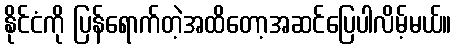
နိုင်ငံကို ပြန်ရောက်တဲ့အထိတော့အဆင်ပြေပါလိမ့်မယ်။